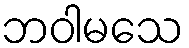
ဘဝါမသေ